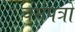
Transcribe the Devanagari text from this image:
चर्मपत्रों